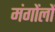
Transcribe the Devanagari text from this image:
मंगोंलों